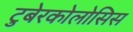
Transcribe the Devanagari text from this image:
टुबेरकोलोसिस